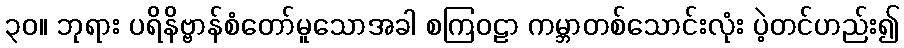
၃၀။ ဘုရား ပရိနိဗ္ဗာန်စံတော်မူသောအခါ စကြဝဠာ ကမ္ဘာတစ်သောင်းလုံး ပဲ့တင်ဟည်း၍